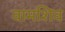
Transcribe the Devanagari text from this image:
वामशिव